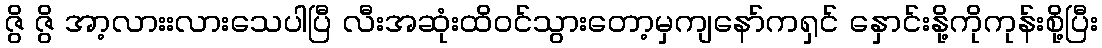
ဇွိ ဇွိ အာ့လားးလားသေပါပြီ လီးအဆုံးထိဝင်သွားတော့မှကျနော်ကရှင် နှောင်းနို့ကိုကုန်းစို့ပြီး